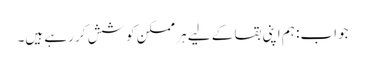
جواب: ہم اپنی بقا کے لیے ہر ممکن کوشش کر رہے ہیں۔